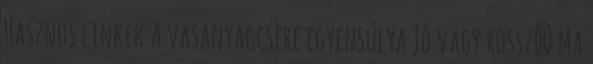
Hasznos linkek A vasanyagcsere egyensúlya Jó vagy rossz? Ma